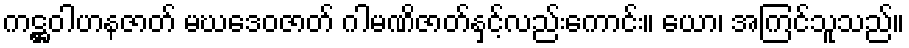
ကဋ္ဌဝါဟနဇာတ် မဃဒေဝဇာတ် ဂါမဏိဇာတ်နှင့်လည်းကောင်း။ ယော၊ အကြင်သူသည်။